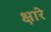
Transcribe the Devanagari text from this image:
क्षारे